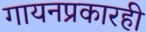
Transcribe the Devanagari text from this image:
गायनप्रकारही